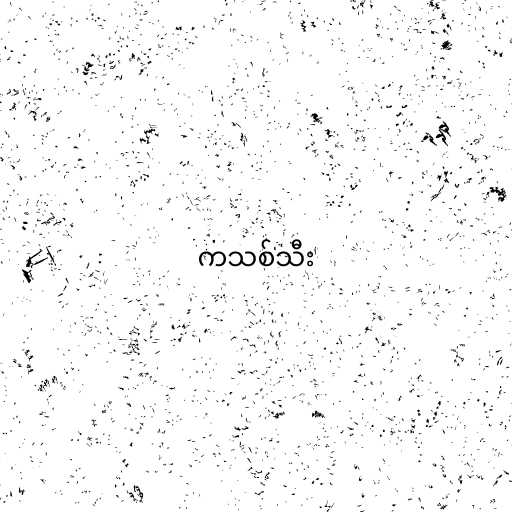
ကသစ်သီး